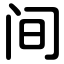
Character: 间